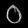
Digit: ၀